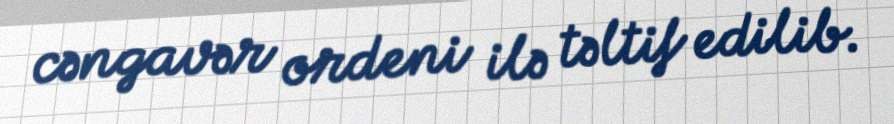
cəngavər ordeni ilə təltif edilib.